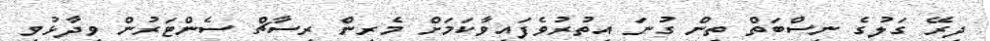
ދިރޭ ގަލުގެ ނިސްބަތް ތިން ގުނަ އިތުރުވެފައިވާކަމަށް މެރިން ރިސާޗް ސެންޓަރުން ވިދާޅުވި